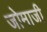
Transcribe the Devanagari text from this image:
जोमाजी